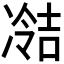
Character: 𫥘